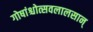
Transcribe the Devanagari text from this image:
गोषांश्चोत्सवलालसान्‌